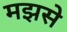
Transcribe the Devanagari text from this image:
मझसे